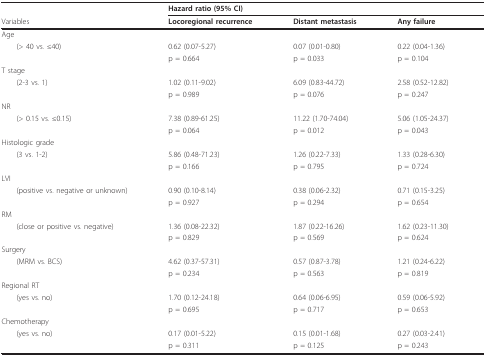
<table><thead><tr><td>[EMPTY_CELL]</td><td><b>Hazard ratio (95% CI)</b></td><td>[EMPTY_CELL]</td><td>[EMPTY_CELL]</td></tr><tr><td><b>Variables</b></td><td><b>Locoregional recurrence</b></td><td><b>Distant metastasis</b></td><td><b>Any failure</b></td></tr></thead><tbody><tr><td>Age</td><td>[EMPTY_CELL]</td><td>[EMPTY_CELL]</td><td>[EMPTY_CELL]</td></tr><tr><td> (&gt; 40 vs. ≤40)</td><td>0.62 (0.07-5.27)</td><td>0.07 (0.01-0.80)</td><td>0.22 (0.04-1.36)</td></tr><tr><td>[EMPTY_CELL]</td><td>p = 0.664</td><td>p = 0.033</td><td>p = 0.104</td></tr><tr><td>T stage</td><td>[EMPTY_CELL]</td><td>[EMPTY_CELL]</td><td>[EMPTY_CELL]</td></tr><tr><td> (2-3 vs. 1)</td><td>1.02 (0.11-9.02)</td><td>6.09 (0.83-44.72)</td><td>2.58 (0.52-12.82)</td></tr><tr><td>[EMPTY_CELL]</td><td>p = 0.989</td><td>p = 0.076</td><td>p = 0.247</td></tr><tr><td>NR</td><td>[EMPTY_CELL]</td><td>[EMPTY_CELL]</td><td>[EMPTY_CELL]</td></tr><tr><td> (&gt; 0.15 vs. ≤0.15)</td><td>7.38 (0.89-61.25)</td><td>11.22 (1.70-74.04)</td><td>5.06 (1.05-24.37)</td></tr><tr><td>[EMPTY_CELL]</td><td>p = 0.064</td><td>p = 0.012</td><td>p = 0.043</td></tr><tr><td>Histologic grade</td><td>[EMPTY_CELL]</td><td>[EMPTY_CELL]</td><td>[EMPTY_CELL]</td></tr><tr><td> (3 vs. 1-2)</td><td>5.86 (0.48-71.23)</td><td>1.26 (0.22-7.33)</td><td>1.33 (0.28-6.30)</td></tr><tr><td>[EMPTY_CELL]</td><td>p = 0.166</td><td>p = 0.795</td><td>p = 0.724</td></tr><tr><td>LVI</td><td>[EMPTY_CELL]</td><td>[EMPTY_CELL]</td><td>[EMPTY_CELL]</td></tr><tr><td> (positive vs. negative or unknown)</td><td>0.90 (0.10-8.14)</td><td>0.38 (0.06-2.32)</td><td>0.71 (0.15-3.25)</td></tr><tr><td>[EMPTY_CELL]</td><td>p = 0.927</td><td>p = 0.294</td><td>p = 0.654</td></tr><tr><td>RM</td><td>[EMPTY_CELL]</td><td>[EMPTY_CELL]</td><td>[EMPTY_CELL]</td></tr><tr><td> (close or positive vs. negative)</td><td>1.36 (0.08-22.32)</td><td>1.87 (0.22-16.26)</td><td>1.62 (0.23-11.30)</td></tr><tr><td>[EMPTY_CELL]</td><td>p = 0.829</td><td>p = 0.569</td><td>p = 0.624</td></tr><tr><td>Surgery</td><td>[EMPTY_CELL]</td><td>[EMPTY_CELL]</td><td>[EMPTY_CELL]</td></tr><tr><td> (MRM vs. BCS)</td><td>4.62 (0.37-57.31)</td><td>0.57 (0.87-3.78)</td><td>1.21 (0.24-6.22)</td></tr><tr><td>[EMPTY_CELL]</td><td>p = 0.234</td><td>p = 0.563</td><td>p = 0.819</td></tr><tr><td>Regional RT</td><td>[EMPTY_CELL]</td><td>[EMPTY_CELL]</td><td>[EMPTY_CELL]</td></tr><tr><td> (yes vs. no)</td><td>1.70 (0.12-24.18)</td><td>0.64 (0.06-6.95)</td><td>0.59 (0.06-5.92)</td></tr><tr><td>[EMPTY_CELL]</td><td>p = 0.695</td><td>p = 0.717</td><td>p = 0.653</td></tr><tr><td>Chemotherapy</td><td>[EMPTY_CELL]</td><td>[EMPTY_CELL]</td><td>[EMPTY_CELL]</td></tr><tr><td> (yes vs. no)</td><td>0.17 (0.01-5.22)</td><td>0.15 (0.01-1.68)</td><td>0.27 (0.03-2.41)</td></tr><tr><td>[EMPTY_CELL]</td><td>p = 0.311</td><td>p = 0.125</td><td>p = 0.243</td></tr></tbody></table>